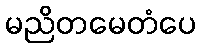
မညိတမေတံပေ